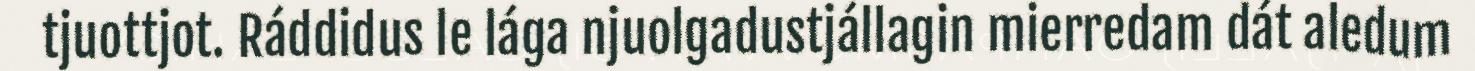
tjuottjot. Ráddidus le lága njuolgadustjállagin mierredam dát aledum